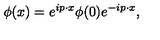
\phi ( x ) = e ^ { i p \cdot x } \phi ( 0 ) e ^ { - i p \cdot x } ,